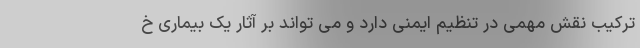
ترکیب نقش مهمی در تنظیم ایمنی دارد و می تواند بر آثار یک بیماری خ